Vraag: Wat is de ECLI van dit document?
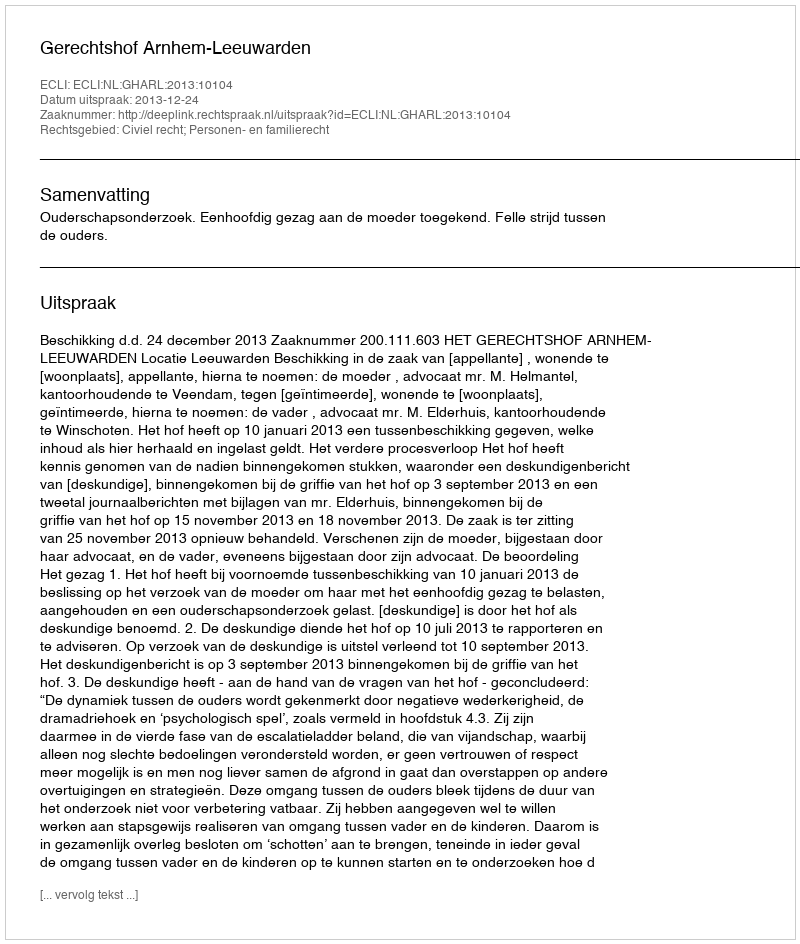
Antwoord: ECLI:NL:GHARL:2013:10104